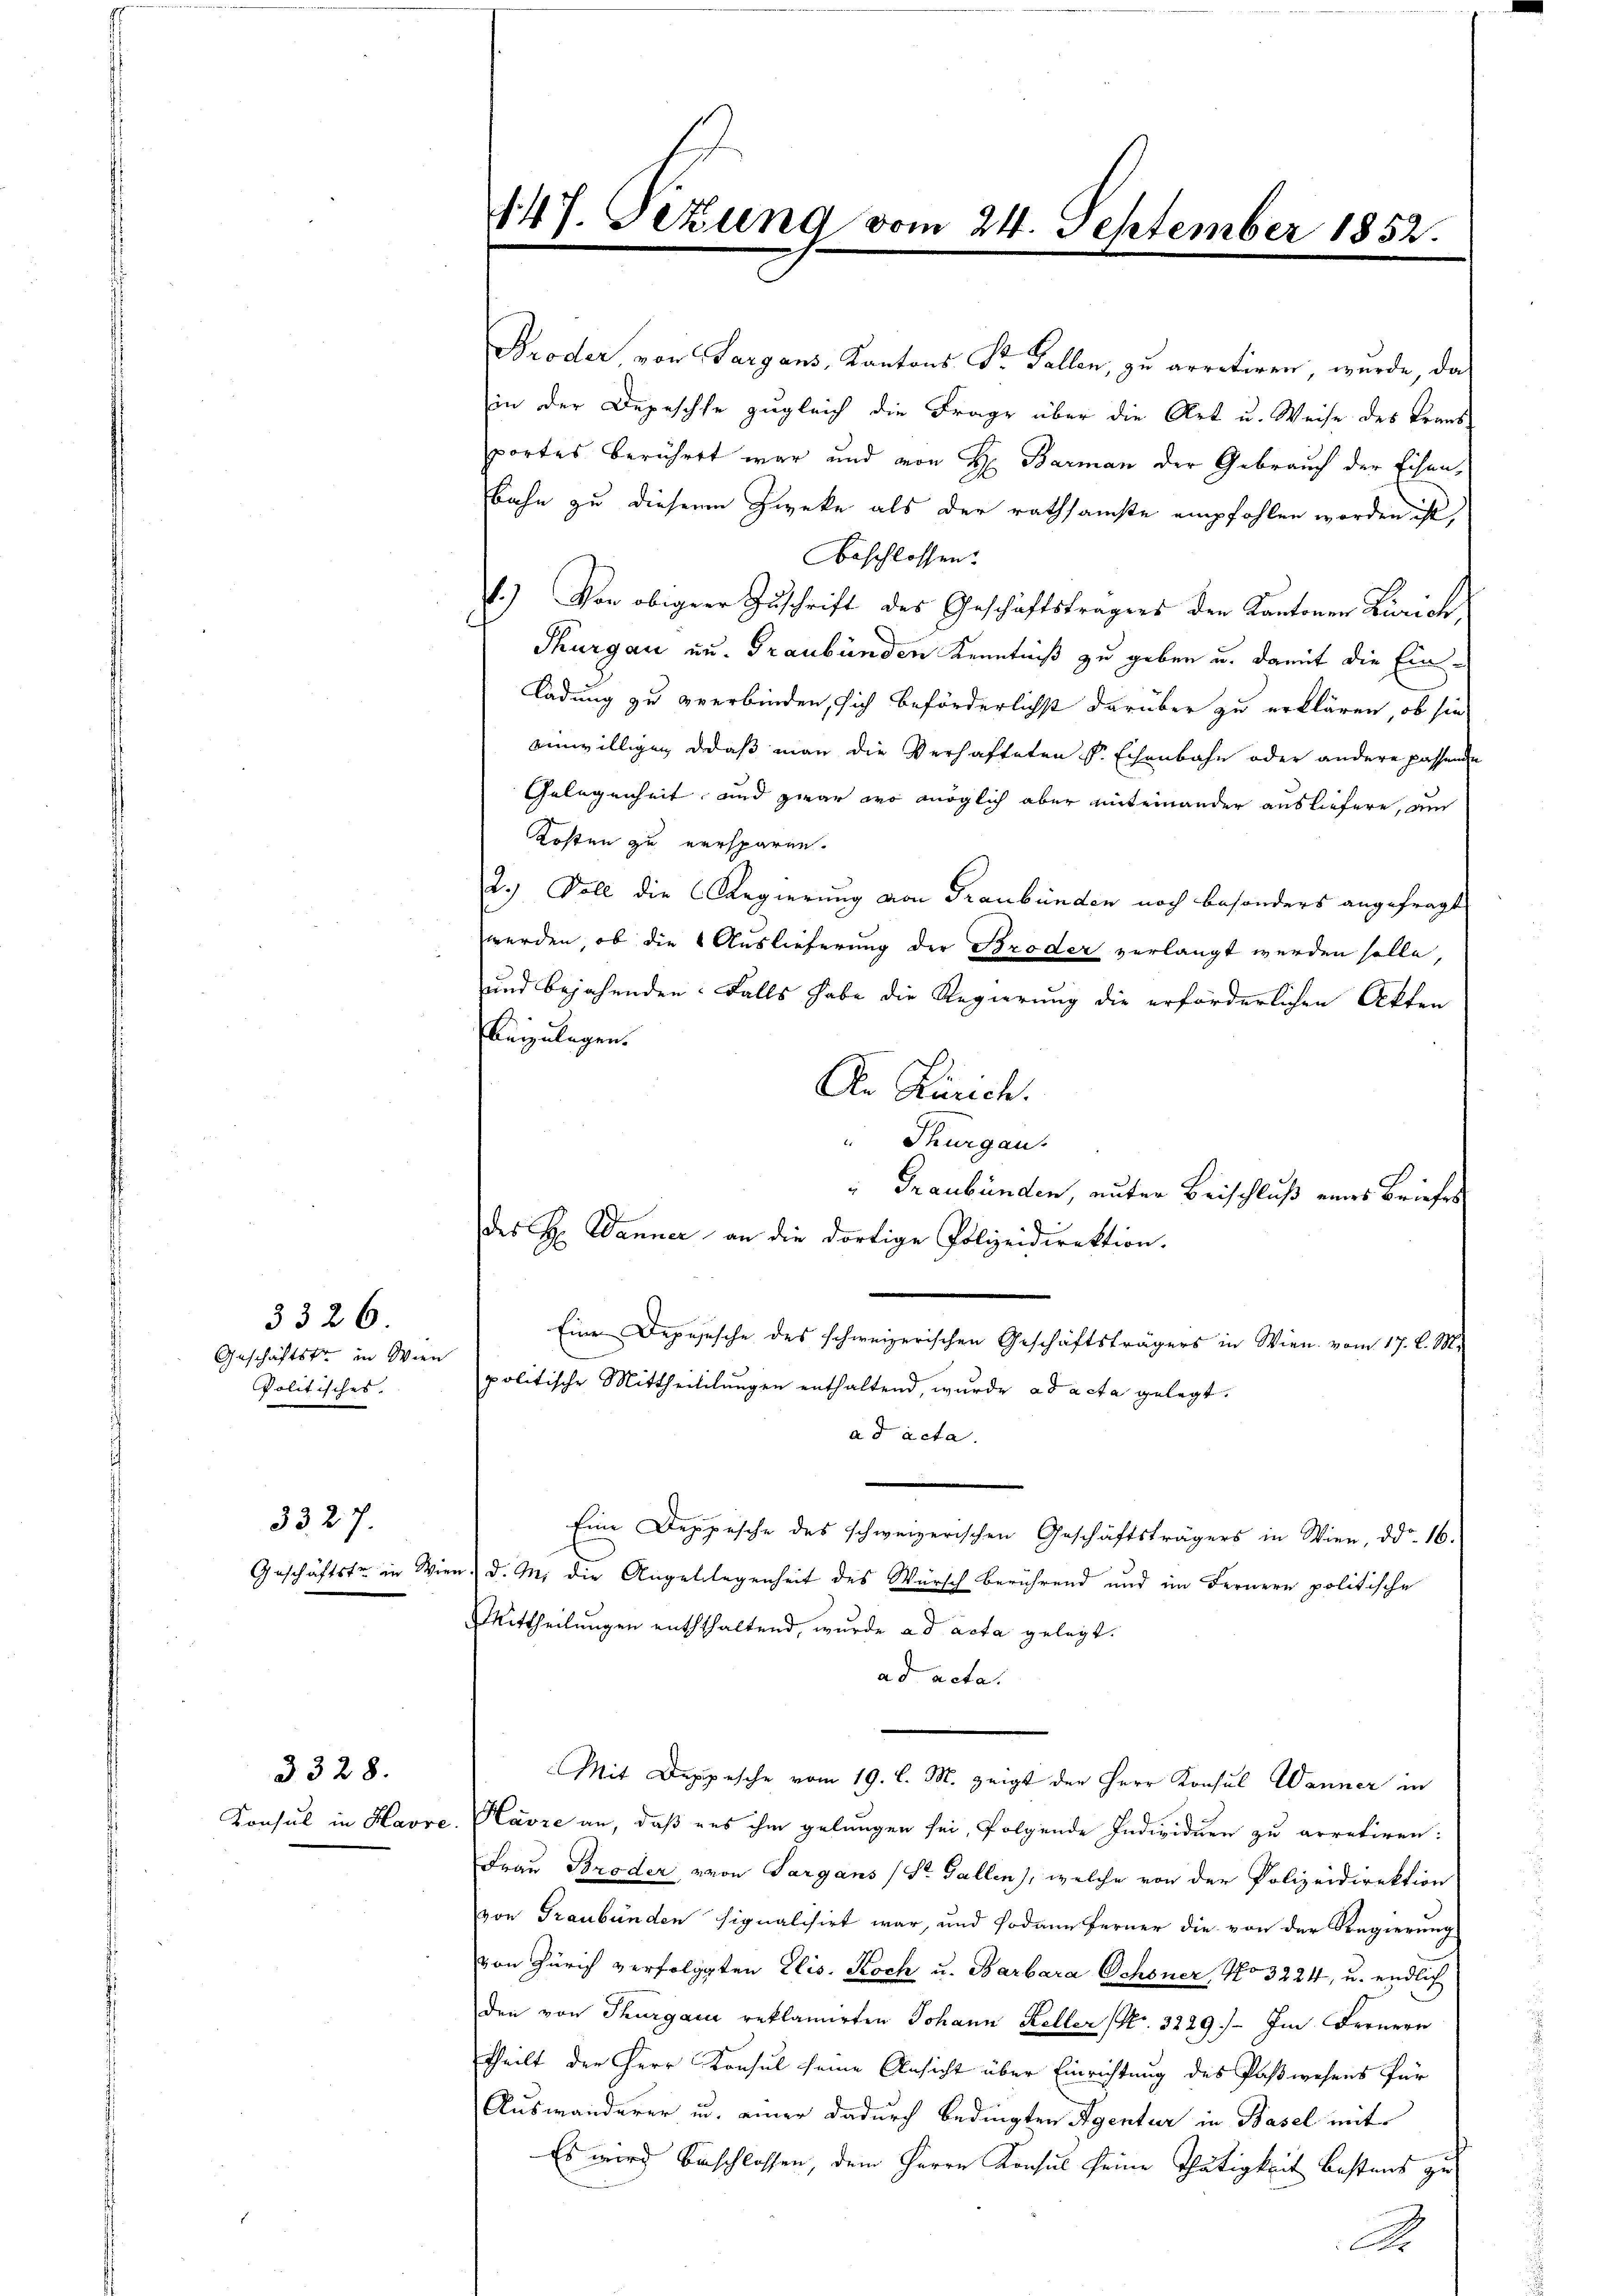
3326
Geschäftstr in Wien
Politisches.

33. 27.

3328.
Konsul in Havre

Broder, von Sargaus, Kantons Sr. Gallen, zu arretiren, wurde, da
in der Depesche zugleich die Frage über die Art u. Weise des Kraus-
portes berühret war und von H. Barman der Gebrauch der Eisen,
Bahn zu diesem Zwecke als der rathsamste empfohlen worden ist,
beschlossen:
1.) Von obiger Zuschrift des Geschäftsträgers den Kantonen Zürich,
Thurgau zu. Graubünden Kenntniß zu geben u. damit die Einladung zu verbinden, sich beförderlichst darüber zu erklären, ob sie
einwilligen, daß man die Verhafteten Sr. Echenbahn oder andere passende
Gelegenheit, und zwar wo möglich aber miteinander ausliefern, am
Kosten zu versparen.
2.) Soll die Regierung von Graubünden noch besonders angefragt
werden, ob die Auslieferung der Broder verlangt werden solle,
und bejahenden Falls habe die Regierung die erforderlichen Akten
beizulagen.
An Zürich.
Thurgau.
des H. Danner an die dortige Polizeidirektion.
Eine Deposische des schweizerischen Geschäftsträgers in Wien vom 17. d. M.
politische Mittheililungen enthaltend, wurde ad acta gelegt.
ad acta.
Eine Deppische des schweizerischen Geschäftsträgers in Wien, ddo. 16.
Geschäftste in Wien, d. M. die Angebelegenheit des Würsch berührend und im Fernern politische
Mittheilungen enththaltend, wurde ad acta gelegt.
ad acta.
Mit Depesche vom 19. l. M. zeigt der Herr Konsul Wanner in
e. Havre an, daß aus ihm gelungen sei, folgende Individuen zu arretiren:
Frau Broder von Sargans (St. Gallen), welche von der Polizeidirektion
von Graubünden signalisirt war, und sodann ferner die von der Regierung
von Zürich verfolgten Elis. Koch u. Barbara Schoner No 3224, u. endlich
den von Thurgau reklamirten Johann Keller (Nr. 3229) Im Fernern
theilt der Herr Konsul seine Ansicht über Einrichtung des Postwesens für
Auswanderer u. einer dadurch bedingten Agentur in Basel mit
Es wird beschlossen, dem Herrn Konsul seine Thätigkeit bestens zu
A

447. Sizung vom 24. September 1852.

" Graubünden, unter Beischluß eines Briefes